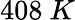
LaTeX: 408~K